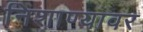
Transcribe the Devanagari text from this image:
निशाण्यावर